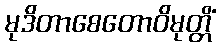
မုဒိတာစေတောဝိမုတ္တိံ